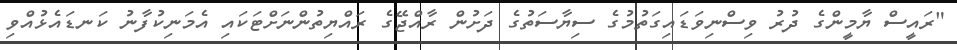
"ރައީސް ޔާމީންގެ ދުރު ވިސްނިވަޑައިގަތުމުގެ ސިޔާސަތުގެ ދަށުން ރާއްޖޭގެ ރައްޔިތުންނަށްޓަކައި އެމަނިކުފާނު ކަނޑައެޅުއްވި